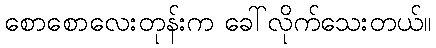
စောစောလေးတုန်းက ခေါ်လိုက်သေးတယ်။